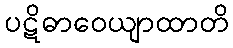
ပဋိဓာဝေယျာထာတိ